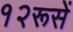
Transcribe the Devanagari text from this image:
१२रूसें